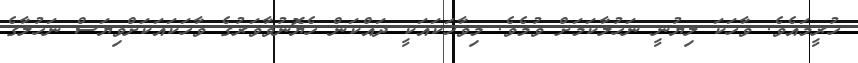
ހުރީމައެވެ. ވާހަކަ ލިޔުނީ ނަހުލާކަމަށް ވުމެވެ. މިވާހަކައަކީ ދައްކަން ހެޔޮނުވާވަރުގެ ވާހަކައަކަށްވިޔަސް ނަހުލާގެ